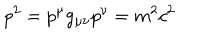
LaTeX: p ^ { 2 } = p ^ { \mu } g _ { \mu \nu } p ^ { \nu } = m ^ { 2 } c ^ { 2 }